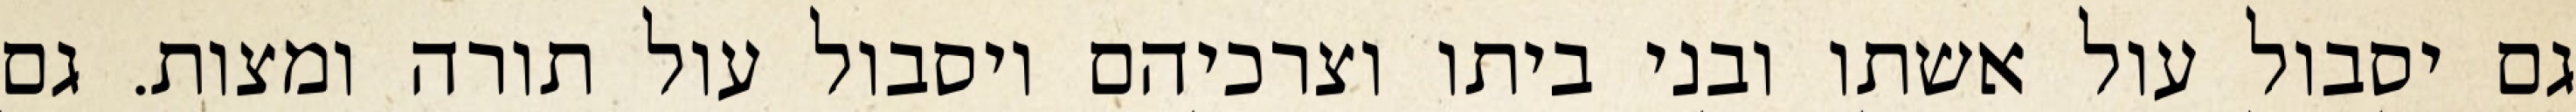
גם יסבול עול אשתו ובני ביתו וצרכיהם ויסבול עול תורה ומצות. גם